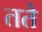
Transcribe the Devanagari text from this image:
तते